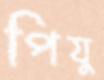
পিযু